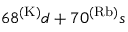
6 8 ^ { ( \mathrm { K ) } } d + 7 0 ^ { ( \mathrm { R b ) } } s